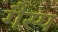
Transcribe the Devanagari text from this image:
गैस्प